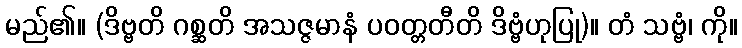
မည်၏။ (ဒိဗ္ဗတိ ဂစ္ဆတိ အသဇ္ဇမာနံ ပဝတ္တတီတိ ဒိဗ္ဗံဟုပြု)။ တံ သဗ္ဗံ၊ ကို။